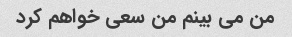
من می بینم من سعی خواهم کرد